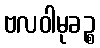
ဗလဝါမုခဉ္စ